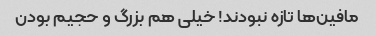
مافین‌ها تازه نبودند! خیلی هم بزرگ و حجیم بودن